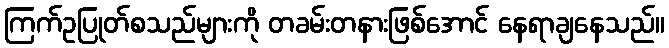
ကြက်ဥပြုတ်စသည်များကို တခမ်းတနားဖြစ်အောင် နေရာချနေသည်။